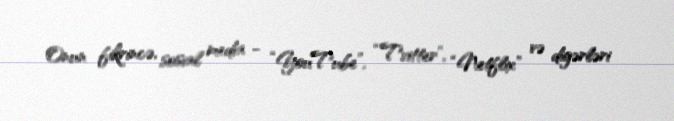
Onun fikrincə, sosial media - “YouTube”, “Tvitter”, “Netflix” və digərləri